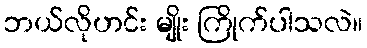
ဘယ်လိုဟင်း မျိုး ကြိုက်ပါသလဲ။